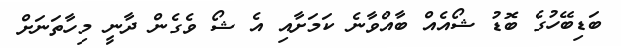
ބަޑިބޭހުގެ ބޮޑު ޝޯއެއް ބާއްވާނެ ކަމަށާއި އެ ޝޯ ވެގެން ދާނީ މިހާތަނަށް